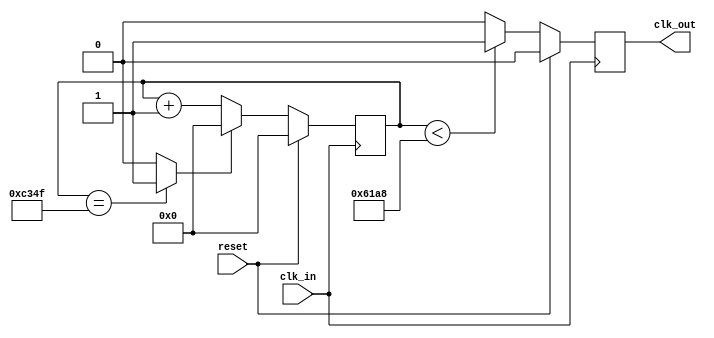
/*******************************************************************************
 *
 * RTL source: [freq_div_1KHz.v]
 *
 ******************************************************************************/



/*******************************************************************************
 *
 * module freq_div_1KHz:
 *
 *	- a clock-frequency divider
 *	- to generate 1KHz clock in 50% duty cycle from the 50MHz clock input
 *	  of the DE2-115 board
 *
 ******************************************************************************/

`define CLK_IN_FREQ		50000
`define HALF_FREQ		25000

//
// smaller value for testing
//
//`define CLK_IN_FREQ		500
//`define HALF_FREQ		250

module freq_div_1KHz (
	clk_in,
	clk_out,
	reset
);

input		clk_in;
output		clk_out;
input		reset;

reg		[27:0]		counter;
wire				counter_top;
wire				half_high;
reg					clk_out;

assign counter_top = (counter==(`CLK_IN_FREQ-1))? 1'b1: 1'b0;
assign half_high = (counter<`HALF_FREQ)? 1'b1: 1'b0;

always @(posedge clk_in) begin
	if (reset)
		counter <= 0;
	else if (counter_top)
		counter <= 0;
	else
		counter <= counter+1;
end

always @(posedge clk_in) begin
	if (reset)
		clk_out <= 1'b0;
	else
		clk_out <= half_high;
end

endmodule